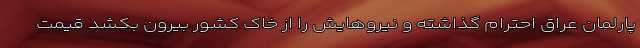
پارلمان عراق احترام گذاشته و نیروهایش را از خاک کشور بیرون بکشد قیمت